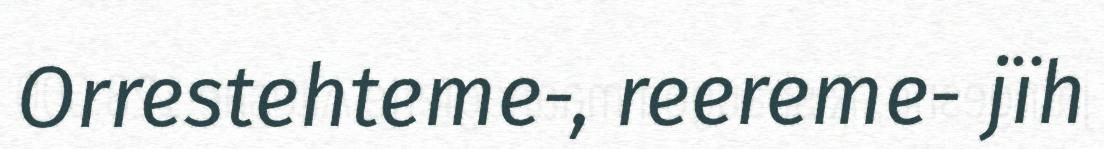
Orrestehteme-, reereme- jïh